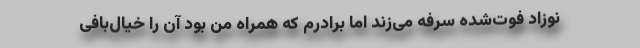
نوزاد فوت‌شده سرفه می‌زند اما برادرم که همراه من بود آن را خیال‌بافی